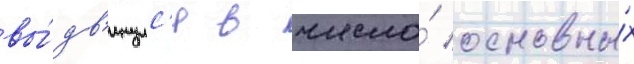
вы́дв'инулс'я в число́ основны́х